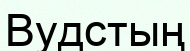
Вудстың